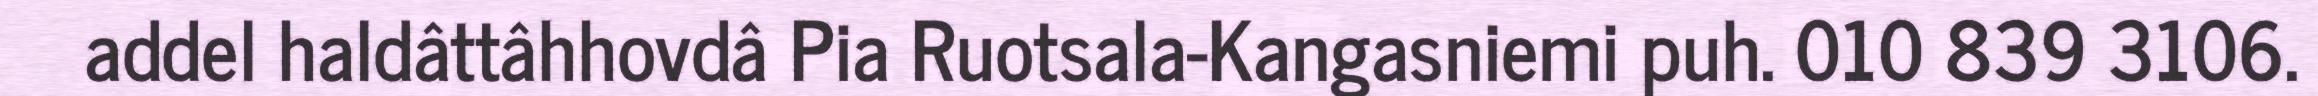
addel haldâttâhhovdâ Pia Ruotsala-Kangasniemi puh. 010 839 3106.